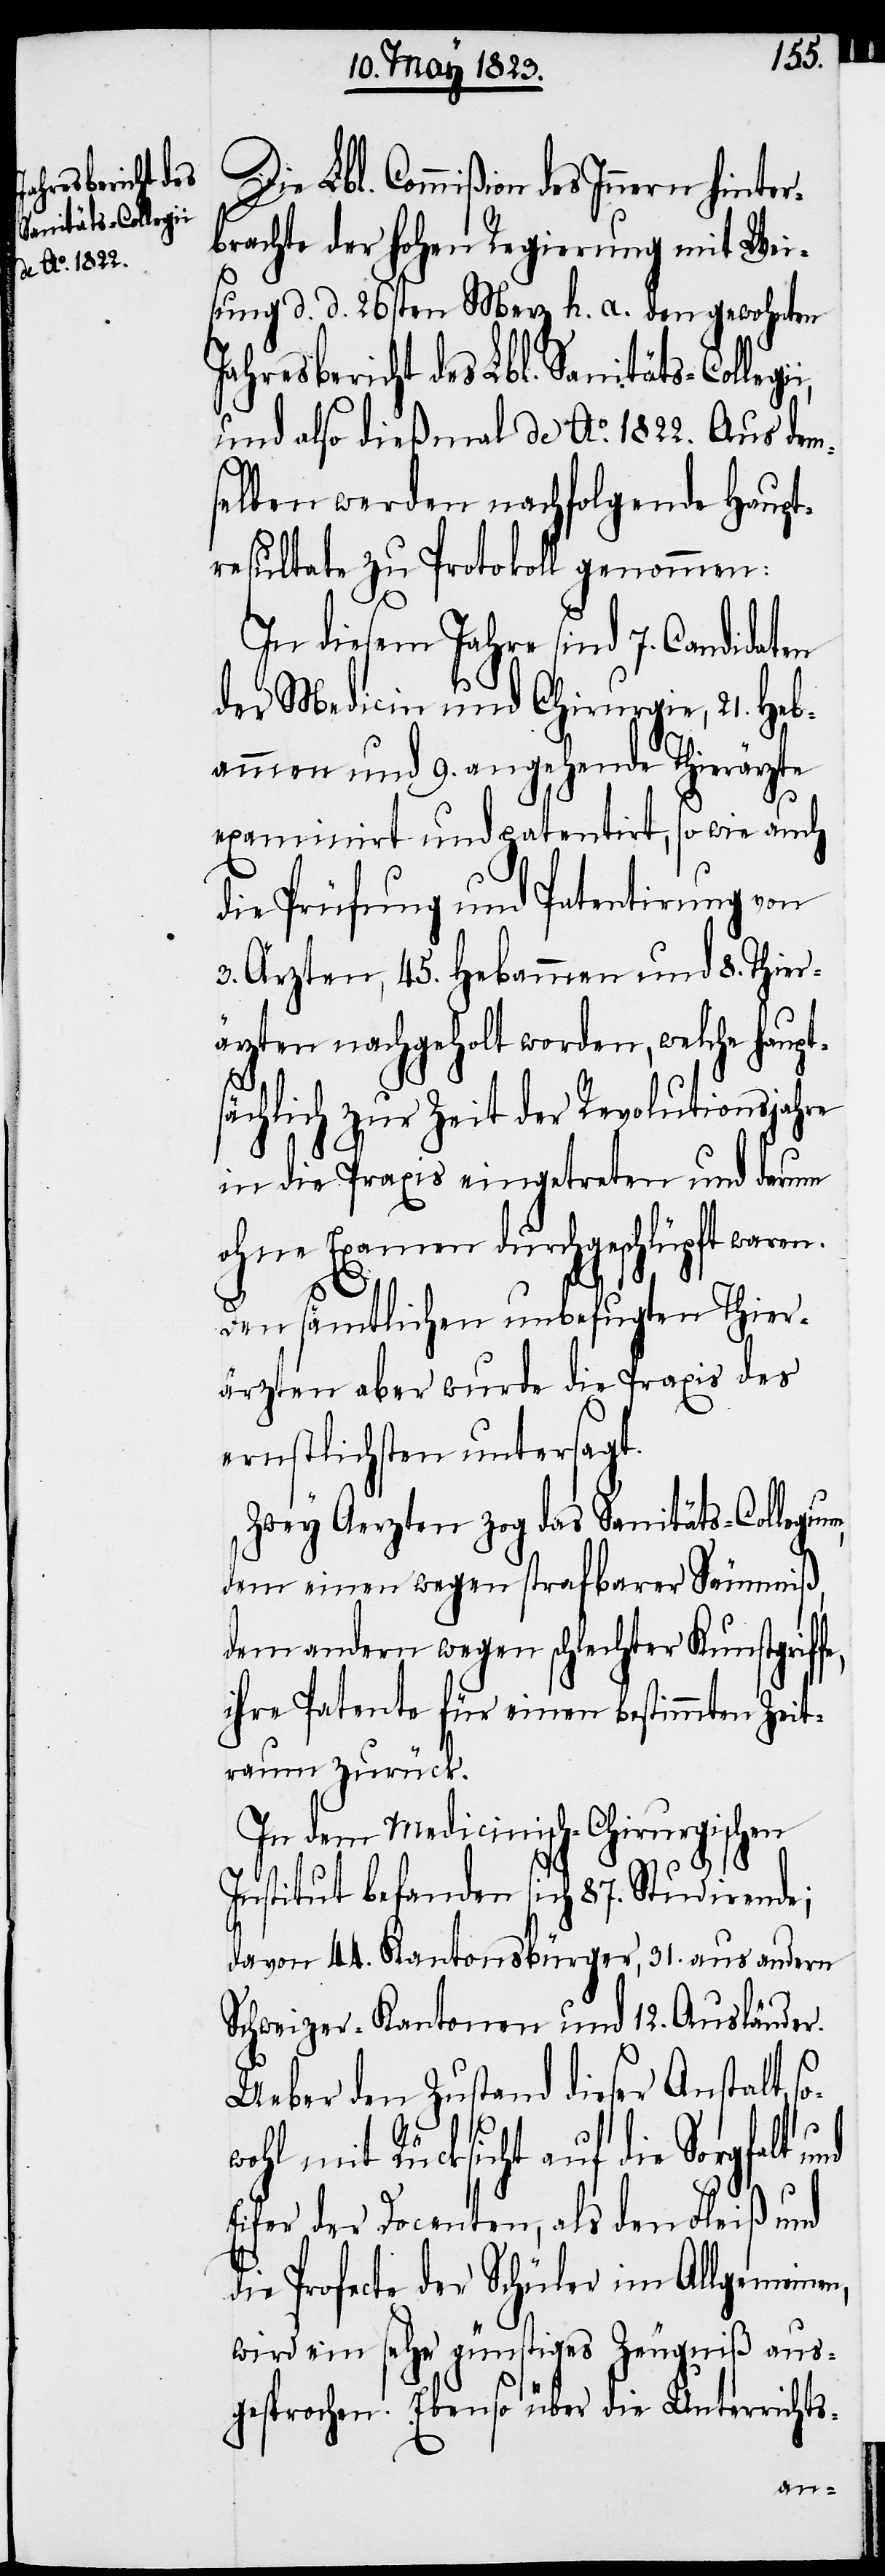
Jahresbericht des
Sanitäts-Collegi¬

Die Lbl. Commißion des Innern
rbrachte der hohen Regierung mit Wei¬
sung d. d. 26sten Merz h. a. den gewohnten
und also dießmal de Ao. 1822. Aus dem¬
selben werden nachfolgende Haupt¬
resultate zu Protokoll genommen:
In diesem Jahre sind 7. Candidaten
der Medicin und Chirurgie, 21. Heb¬
ammen und 9. angehende Thierärzte
examinirt und patentirt, sowie auch
die Prüfung und Patentirung von
3. Ärzten, 45. Hebammen und 8. Thier¬
ärzten nachgeholt worden, welche haupt¬
sächlich zur Zeit der Revolutionsjahre
in die Praxis eingetreten und darum
ohne Examen durchgeschlüpft ware¬
n.D¬
en sämtlichen unbefugten Thier¬
ärzten aber wurde die Praxis des
ernstlichsten untersagt.
Zwey Aerzten zog das Sanitäts-Collegiu¬
dem einen wegen strafbarer Säumniß,
dem andern wegen schlechter Kunstgriff¬
ihre Patente für einen bestimmten Zeit¬
raum zurück.
In dem Medicinisch-Chirurgischen
Institut befanden sich 87. Studirende;
davon 44. Kantonsbürger, 31. aus andern
Schweizer-Kantonen und 12. Ausländer.
Ueber den Zustand dieser Anstalt, s¬
n,
wohl mit Rücksicht auf die Sorgfalt
Eifer der Docenten, als den Fleiß und
die Profecte der Schüler im Allgemeine¬
wird ein sehr günstiges Zeugniß aus¬
gesprochen. Ebenso über die Unterrichts-

e,